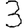
Digit: 3